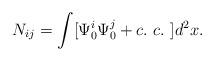
LaTeX: \begin{align*}N_{ij}=\int[\Psi_0^i\Psi_0^j + c.\ c.\ ]d^2x.\end{align*}